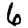
Digit: 6